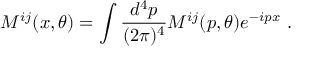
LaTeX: M ^ { i j } ( x , \theta ) = \int { \frac { d ^ { 4 } p } { ( 2 \pi ) ^ { 4 } } } M ^ { i j } ( p , \theta ) e ^ { - i p x } \ .